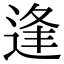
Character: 逢